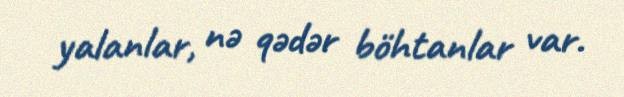
yalanlar, nə qədər böhtanlar var.